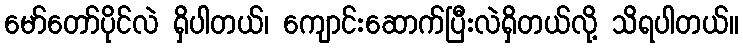
မော်တော်ပိုင်လဲ ရှိပါတယ်၊ ကျောင်းဆောက်ပြီးလဲရှိတယ်လို့ သိရပါတယ်။